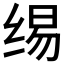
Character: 𰬣